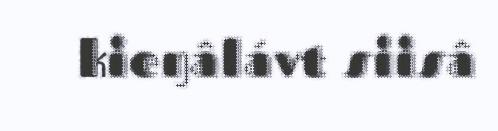
kieŋâlávt siisâ